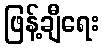
ဖြန့်ချီရေး